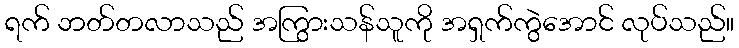
ရက် ဘတ်တလာသည် အကြွားသန်သူကို အရှက်ကွဲအောင် လုပ်သည်။